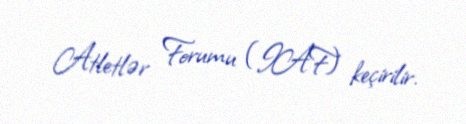
Atletlər Forumu (IAF) keçirilir.